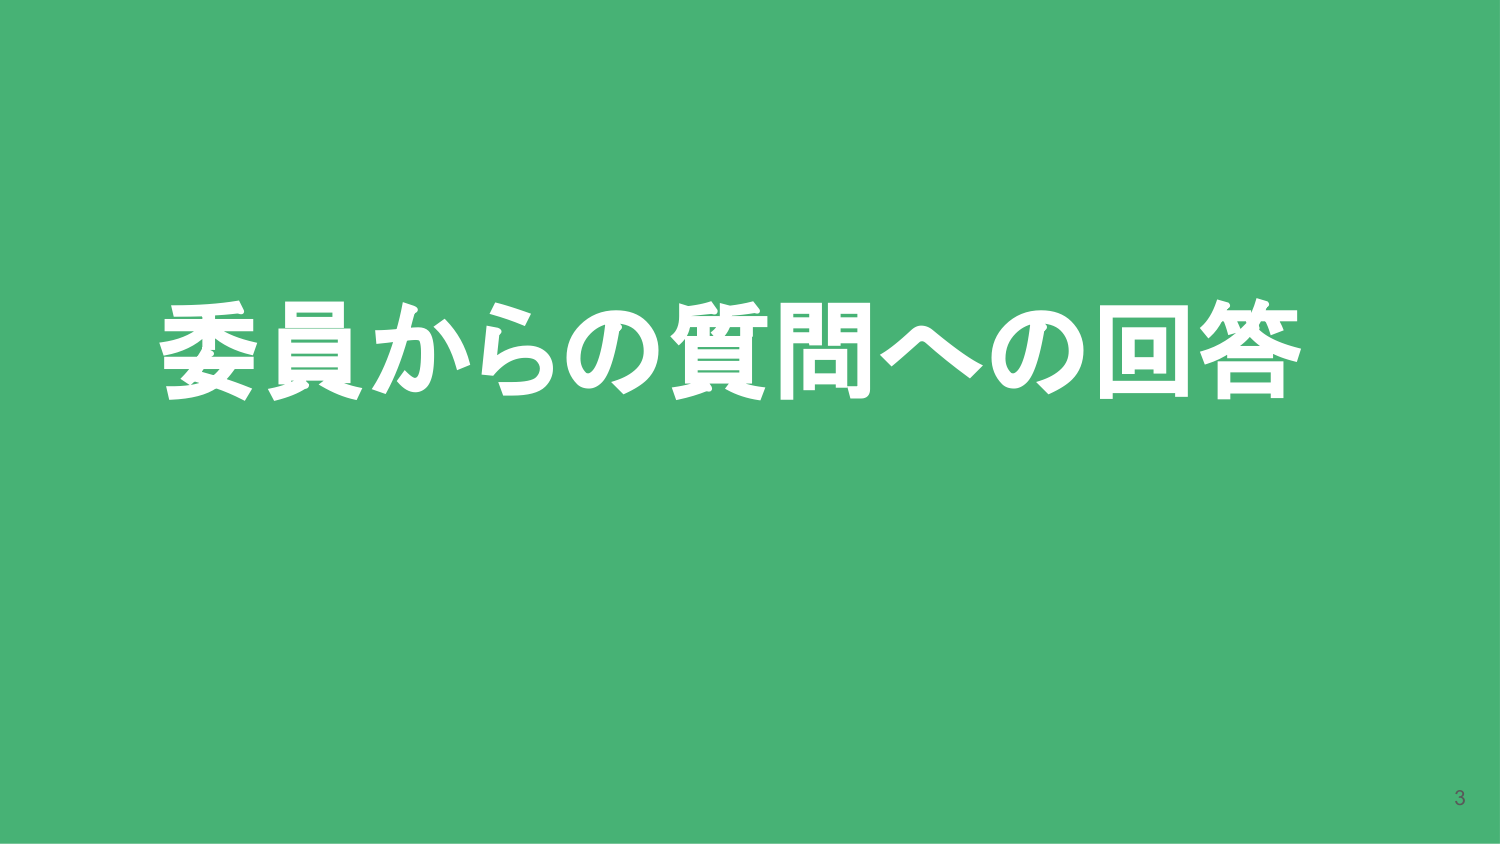
委員からの質問への回答
3